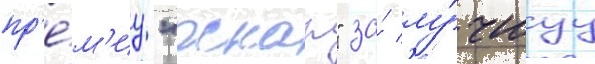
пр'е́м'иу "оскар" за́ лу́чшуу